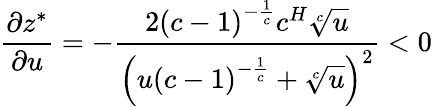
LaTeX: \frac{\partial z^{*}}{\partial u}=-\frac{2\left(c-1\right)^{-\frac{1}{c}}c^{H}\sqrt[c]{u}}{\left(u\left(c-1\right)^{-\frac{1}{c}}+\sqrt[c]{u}\right)^{2}}<0